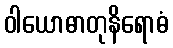
ဝါယောဓာတုနိရောဓံ